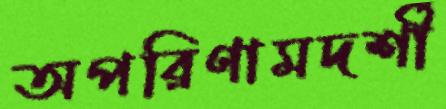
অপরিণামদর্শী